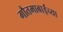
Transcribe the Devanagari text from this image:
गौतमाबाईंच्या